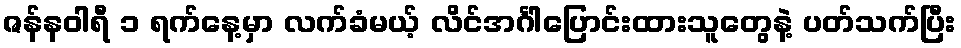
ဇန်နဝါရီ ၁ ရက်နေ့မှာ လက်ခံမယ့် လိင်အင်္ဂါပြောင်းထားသူတွေနဲ့ ပတ်သက်ပြီး